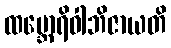
ထမ္ဘောရိဝါဘိဇာယတိ